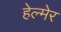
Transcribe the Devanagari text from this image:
हेल्मेर